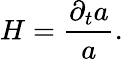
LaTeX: H=\frac{\partial_{t}a}{a}.